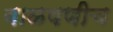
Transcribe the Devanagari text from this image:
बाळपणीच